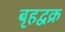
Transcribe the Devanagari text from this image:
बृहद्वक्र